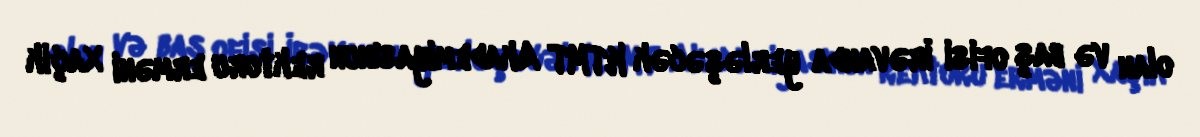
olan və baş ofisi İrəvanda yerləşəcək KTMT Akademiyasınun rektoru erməni Xaçik